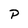
Character: P